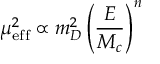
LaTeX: \mu _ { \mathrm { e f f } } ^ { 2 } \propto m _ { D } ^ { 2 } \left( \frac { E } { M _ { c } } \right) ^ { n }